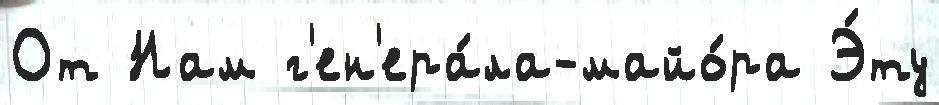
От Нам г'ен'ера́ла-майо́ра Э́ту